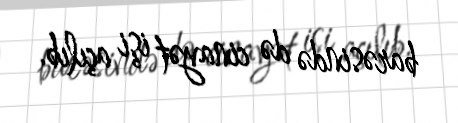
barəsində də cinayət işi açılıb.